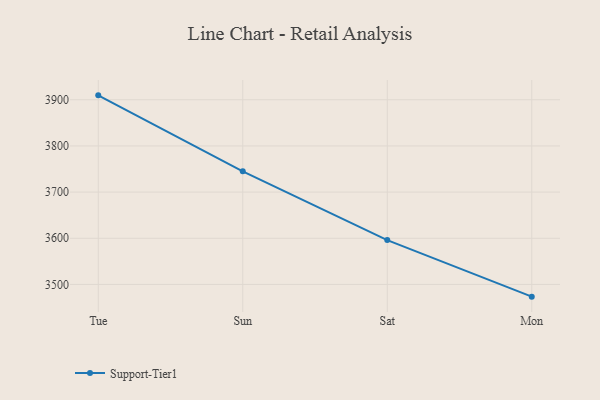
{"axis": {"x": "Day", "y": "Inventory Turnover"}, "legend": ["Support-Tier1"], "data": [{"x": "Tue", "y": 3909.6, "type": "Support-Tier1"}, {"x": "Sun", "y": 3745.1, "type": "Support-Tier1"}, {"x": "Sat", "y": 3596.1, "type": "Support-Tier1"}, {"x": "Mon", "y": 3473.5, "type": "Support-Tier1"}]}